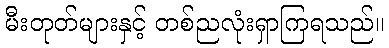
မီးတုတ်များနှင့် တစ်ညလုံးရှာကြရသည်။